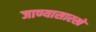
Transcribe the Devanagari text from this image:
जाण्यासारखे